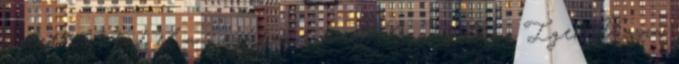
üzlettől ütné el a nagybankokat Nem világos Igen Vissza